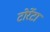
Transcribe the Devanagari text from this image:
टोर्रेटा